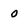
Character: 0